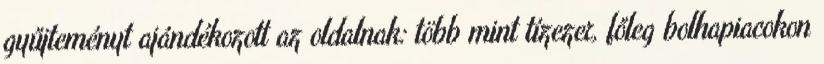
gyűjteményt ajándékozott az oldalnak: több mint tízezer, főleg bolhapiacokon